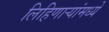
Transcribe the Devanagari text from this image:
लिहिणार्‍यांमध्ये